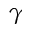
\gamma